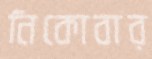
নিকোবার